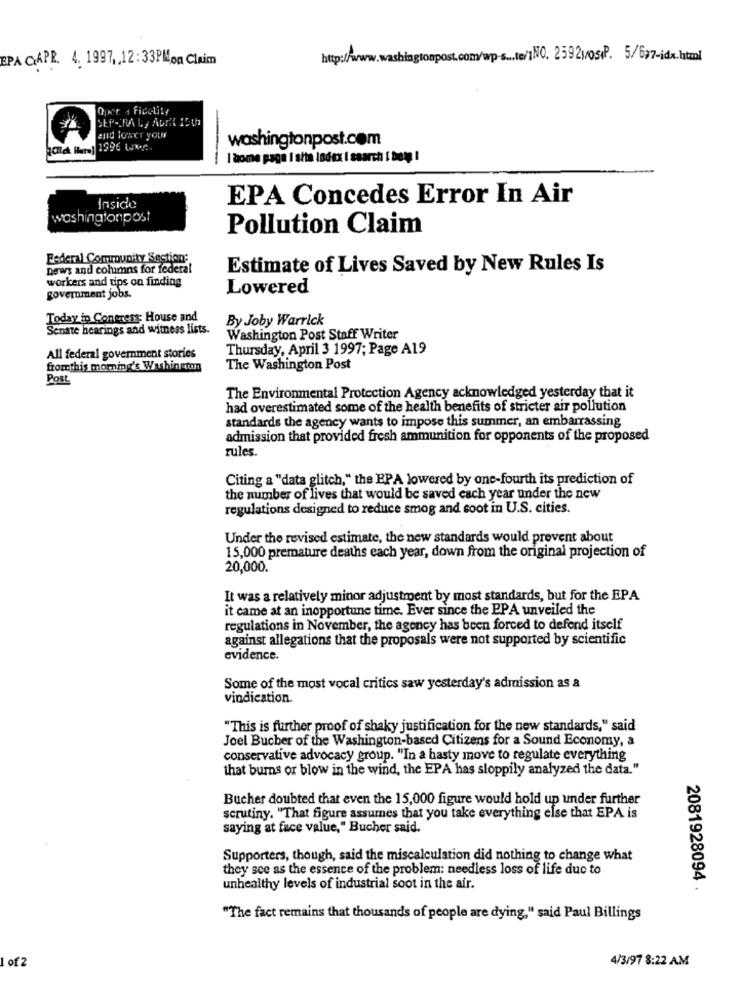
EPA CAPR. 4. 1997,12:33PMon Claim
http://www.washingtonpost.com/wp-s ... te/1NO. 2592wos(P. 5/677-idx.html
Oper 4 Fidelity
SEP-IRA Ly Abril 15 01
and lower your
washingtonpost.com
gold Har 1996 Was.
I'dome page I site lodex I saarchi [ beyy !
EPA Concedes Error In Air
Inside
washingtonpost
Pollution Claim
Federal Community Section:
news and columns for federal
Estimate of Lives Saved by New Rules Is
workers and tips on finding
Lowered
government jobs.
Today in Congress: House and
By Joby Warrick
Senate hearings and witness lists.
Washington Post Staff Writer
Thursday, April 3 1997; Page A19
All federal government stories
fromthis morning's Washington
The Washington Post
Post
The Environmental Protection Agency acknowledged yesterday that it
had overestimated some of the health benefits of stricter air pollution
standards the agency wants to impose this summer, an embarrassing
admission that provided fresh ammunition for opponents of the proposed
rules.
Citing a "data glitch," the EPA lowered by one-fourth its prediction of
the number of lives that would be saved each year under the new
regulations designed to reduce smog and soot in U.S. cities.
Under the revised estimate, the new standards would prevent about
15,000 premature deaths each year, down from the original projection of
20,000.
It was a relatively minor adjustment by most standards, but for the EPA
it came at an inopportune time. Ever since the PPA unveiled the
regulations in November, the agency has been forced to defend itself
against allegations that the proposals were not supported by scientific
evidence.
Some of the most vocal critics saw yesterday's admission as a
vindication.
"This is further proof of shaky justification for the new standards," said
Joel Bucher of the Washington-based Citizens for a Sound Economy, a
conservative advocacy group. "In a hasty move to regulate everything
that burns or blow in the wind, the EPA has sloppily analyzed the data."
Bucher doubted that even the 15,000 figure would hold up under further
scrutiny. "That figure assumes that you take everything else that EPA is
saying at face value," Bucher said.
Supporters, though, said the miscalculation did nothing to change what
they see as the essence of the problem: needless loss of life due to
unhealthy levels of industrial soot in the air.
2081928094 .
"The fact remains that thousands of people are dying," said Paul Billings
1 of 2
4/3/97 8:22 AM